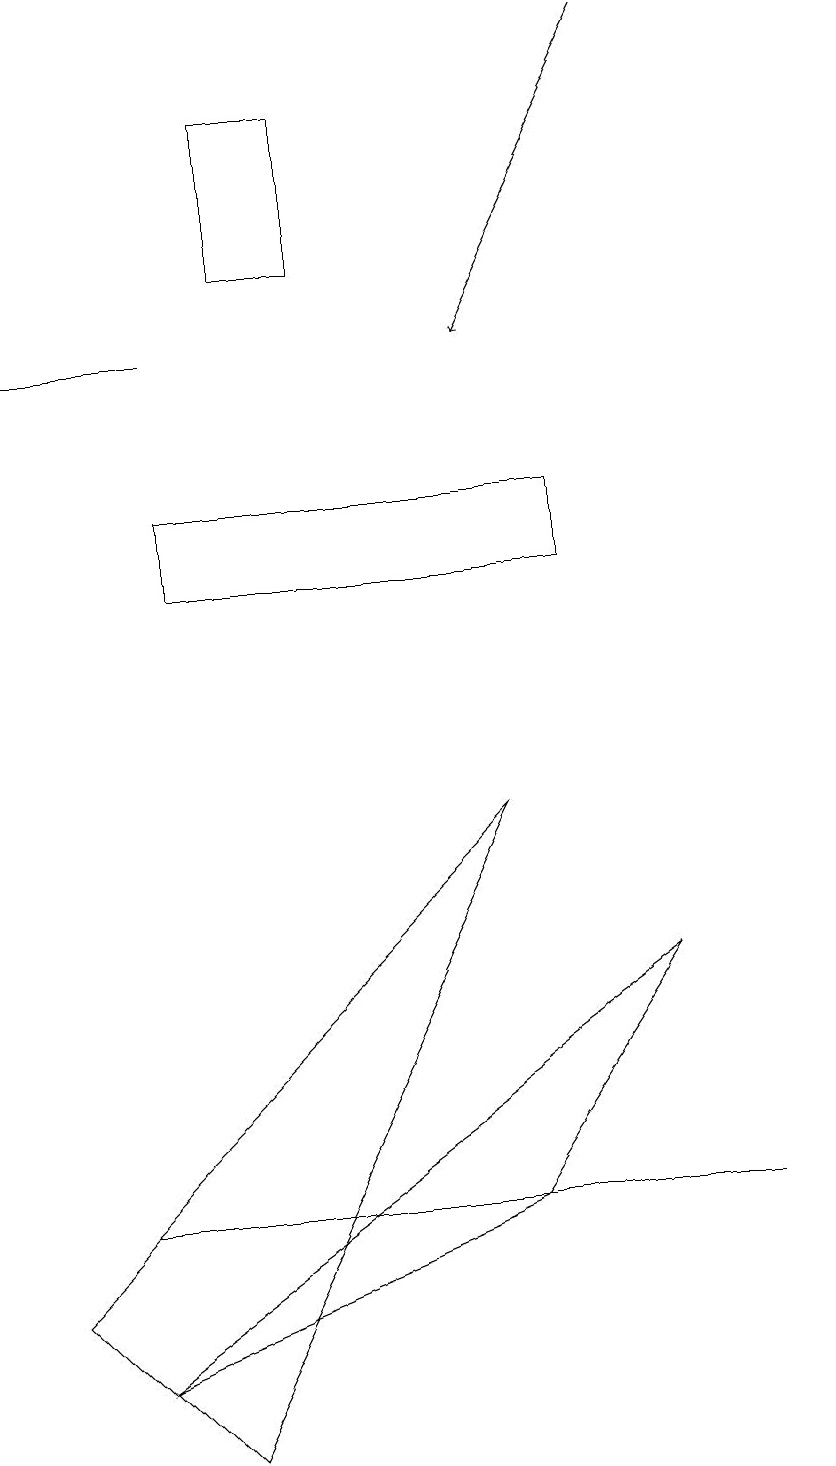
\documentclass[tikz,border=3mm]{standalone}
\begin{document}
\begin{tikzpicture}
\draw (10,11) circle (0);
\draw[->] (8,18) -- (6,14);
\draw (0,2) -- (2,0) -- (6,8) -- cycle;
\draw (7,12) rectangle (2,11);
\draw (1,3) -- (7,3) -- (9,3) -- cycle;
\draw (3,17) rectangle (4,15);
\draw (8,6) -- (1,1) -- (6,3) -- cycle;
\draw[->] (2,14) -- (0,14);
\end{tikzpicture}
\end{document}